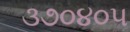
૩૭૦૪૦૫